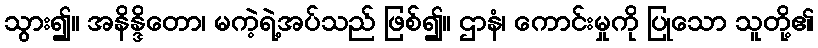
သွား၍။ အနိန္ဒိတော၊ မကဲ့ရဲ့အပ်သည် ဖြစ်၍။ ဌာနံ၊ ကောင်းမှုကို ပြုသော သူတို့၏